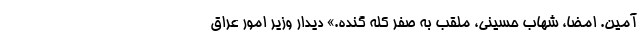
آمین. امضا، شهاب حسینی، ملقب به صفر کله گنده.» دیدار وزیر امور عراق